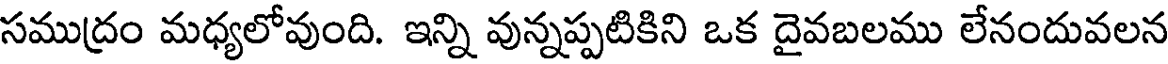
సముద్రం మధ్యలోవుంది. ఇన్ని వున్నప్పటికిని ఒక దైవబలము లేనందువలన